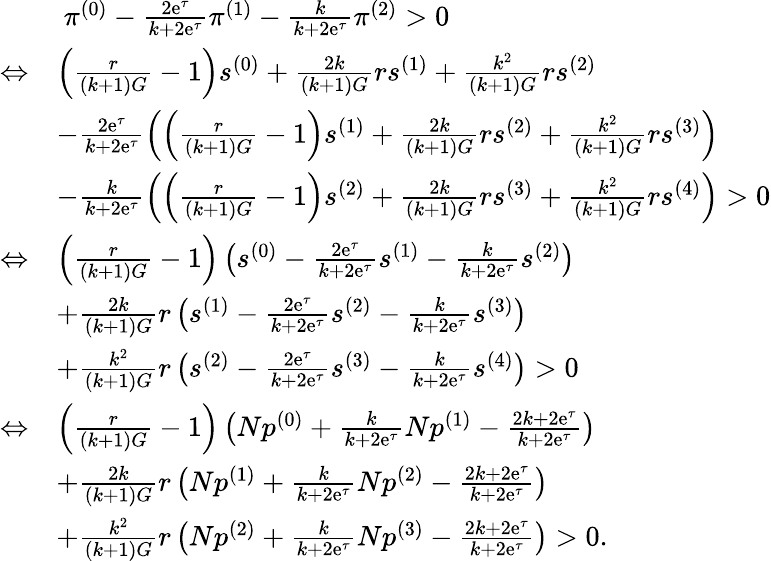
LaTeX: \begin{array}{rl}&{~\pi^{(0)}-\frac{2\mathrm{e}^{\tau}}{k+2\mathrm{e}^{\tau}}\pi^{(1)}-\frac{k}{k+2\mathrm{e}^{\tau}}\pi^{(2)}>0}\\ {\Leftrightarrow}&{\left(\frac{r}{(k+1)G}-1\right)s^{(0)}+\frac{2k}{(k+1)G}rs^{(1)}+\frac{k^{2}}{(k+1)G}rs^{(2)}}\\ &{-\frac{2\mathrm{e}^{\tau}}{k+2\mathrm{e}^{\tau}}\left(\left(\frac{r}{(k+1)G}-1\right)s^{(1)}+\frac{2k}{(k+1)G}rs^{(2)}+\frac{k^{2}}{(k+1)G}rs^{(3)}\right)}\\ &{-\frac{k}{k+2\mathrm{e}^{\tau}}\left(\left(\frac{r}{(k+1)G}-1\right)s^{(2)}+\frac{2k}{(k+1)G}rs^{(3)}+\frac{k^{2}}{(k+1)G}rs^{(4)}\right)>0}\\ {\Leftrightarrow}&{\left(\frac{r}{(k+1)G}-1\right)\left(s^{(0)}-\frac{2\mathrm{e}^{\tau}}{k+2\mathrm{e}^{\tau}}s^{(1)}-\frac{k}{k+2\mathrm{e}^{\tau}}s^{(2)}\right)}\\ &{+\frac{2k}{(k+1)G}r\left(s^{(1)}-\frac{2\mathrm{e}^{\tau}}{k+2\mathrm{e}^{\tau}}s^{(2)}-\frac{k}{k+2\mathrm{e}^{\tau}}s^{(3)}\right)}\\ &{+\frac{k^{2}}{(k+1)G}r\left(s^{(2)}-\frac{2\mathrm{e}^{\tau}}{k+2\mathrm{e}^{\tau}}s^{(3)}-\frac{k}{k+2\mathrm{e}^{\tau}}s^{(4)}\right)>0}\\ {\Leftrightarrow}&{\left(\frac{r}{(k+1)G}-1\right)\left(Np^{(0)}+\frac{k}{k+2\mathrm{e}^{\tau}}Np^{(1)}-\frac{2k+2\mathrm{e}^{\tau}}{k+2\mathrm{e}^{\tau}}\right)}\\ &{+\frac{2k}{(k+1)G}r\left(Np^{(1)}+\frac{k}{k+2\mathrm{e}^{\tau}}Np^{(2)}-\frac{2k+2\mathrm{e}^{\tau}}{k+2\mathrm{e}^{\tau}}\right)}\\ &{+\frac{k^{2}}{(k+1)G}r\left(Np^{(2)}+\frac{k}{k+2\mathrm{e}^{\tau}}Np^{(3)}-\frac{2k+2\mathrm{e}^{\tau}}{k+2\mathrm{e}^{\tau}}\right)>0.}\end{array}